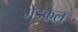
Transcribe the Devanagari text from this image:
मेडकल